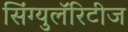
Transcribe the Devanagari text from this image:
सिंग्युलॅरिटीज